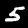
Label: 5